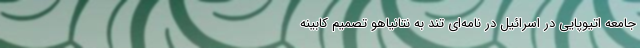
جامعه اتیوپایی در اسرائیل در نامه‌ای تند به نتانیاهو تصمیم کابینه